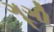
ગૂગી